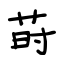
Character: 莳